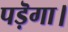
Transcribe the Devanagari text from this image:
पड़ॆगा।